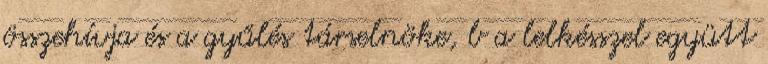
összehívja és a gyűlés társelnöke, b a lelkésszel együtt